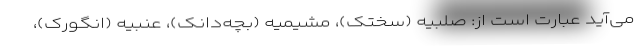
می‌آید عبارت است از: صُلبیه (سختک)، مشیمیه (بچه‌دانک)، عنبیه (انگورک)،